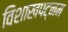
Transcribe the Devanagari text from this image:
विशाखपट्‌नम